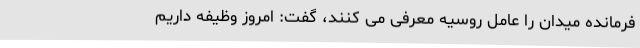
فرمانده میدان را عامل روسیه معرفی می کنند، گفت: امروز وظیفه داریم